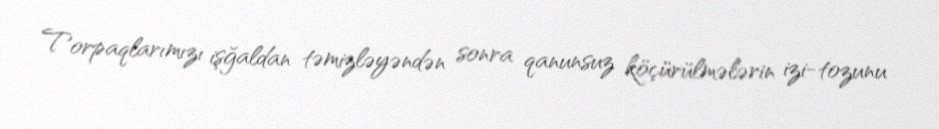
Torpaqlarımızı işğaldan təmizləyəndən sonra qanunsuz köçürülmələrin izi-tozunu